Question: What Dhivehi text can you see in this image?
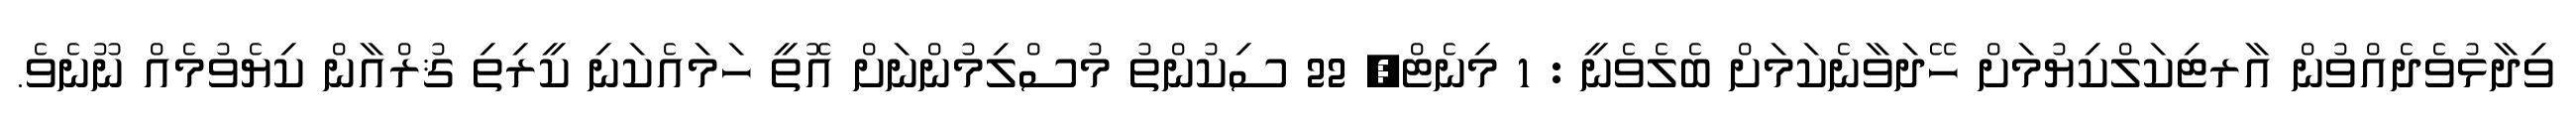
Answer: ވިދާޅުވެދެއްވުން އާރޓިކަލްކިޔުމަށް ހޭދަވާނެކަމަށް ބެލެވެނީ : 1 މިނެޓް, 22 ސިކުންތު މުސްލިމުންނަށް އޮތީ ހަމައެކަނި ކީރިތި ޤުރްއާން ކިޔެވުމެއް ނޫނެވެ.